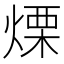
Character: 𤌣